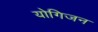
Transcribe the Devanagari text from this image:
योगिजन